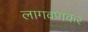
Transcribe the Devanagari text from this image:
लागवणकर